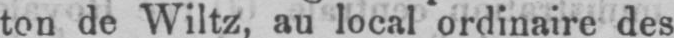
ton de Wiltz, au local ordinaire des